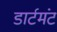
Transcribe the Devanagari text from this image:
डार्टमंट